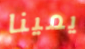
يمينا